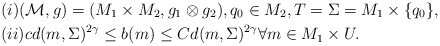
\begin{align*} &(i)(\mathcal{M},g) = (M_1 \times M_2, g_1 \otimes g_2), q_0 \in M_2, T= \Sigma = M_1 \times \{q_0\}, \\ &(ii) cd(m, \Sigma)^{2 \gamma} \leq b(m) \leq Cd(m, \Sigma)^{2 \gamma} \forall m \in M_1 \times U. \end{align*}